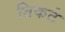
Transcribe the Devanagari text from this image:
तिकटे